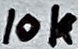
Text: 10k